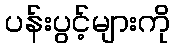
ပန်းပွင့်များကို